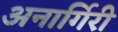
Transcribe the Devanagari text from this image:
अनार्गिरी